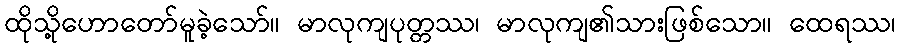
ထိုသို့ဟောတော်မူခဲ့သော်။ မာလုကျပုတ္တဿ၊ မာလုကျ၏သားဖြစ်သော။ ထေရဿ၊